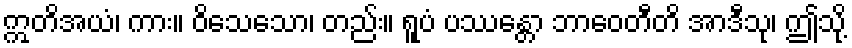
ဣတိအယံ၊ ကား။ ဝိသေသော၊ တည်း။ ရူပံ ပဿန္တော ဘာဝေတီတိ အာဒီသု၊ ဤသို့